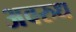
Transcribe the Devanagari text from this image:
अवरुध